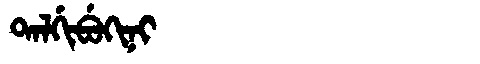
Manchu: ᡨᠠᠯᡤᡳᠪᡠᡴᡳᠨᡳ
Romanization: TALGIBUKINI